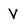
Character: V